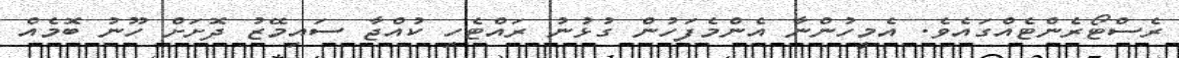
ރެސްޓޯރެންޓެއްގައެވެ. އެމީހުންނާ އެންމެފަހުން ގުޅުނު ރައްޓެހި ކުއްޖާ ސައިމޭޒު ދޮށަށް ހޫނު ބޮމެއް